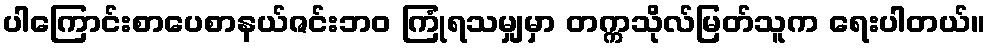
ပါကြောင်းစာပေစာနယ်ဇင်းဘဝ ကြုံရသမျှမှာ တက္ကသိုလ်မြတ်သူက ရေးပါတယ်။